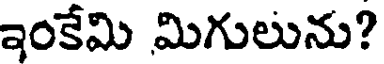
ఇంకేమి మిగులును?